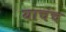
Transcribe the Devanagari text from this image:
याचंच